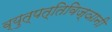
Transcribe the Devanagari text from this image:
व्युत्पत्तिविज्ञानी